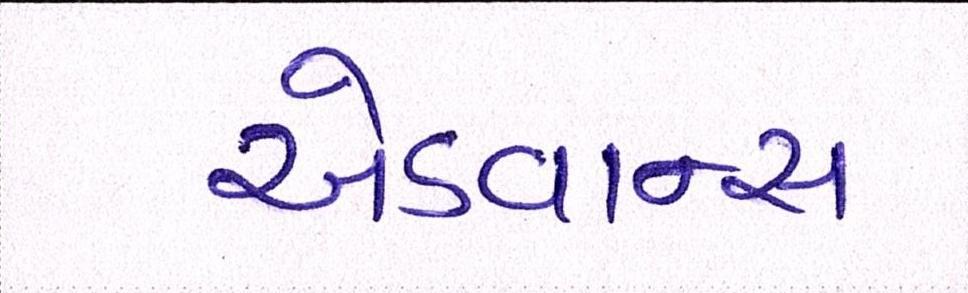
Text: એડવાન્સ